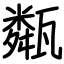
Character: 甐